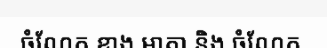
ចំណែក ខាង មាតា និង ចំណែក